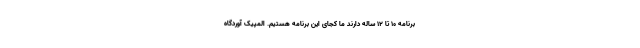
برنامه ۱۰ تا ۱۲ ساله دارند ما کجای این برنامه هستیم. المپیک آوردگاه